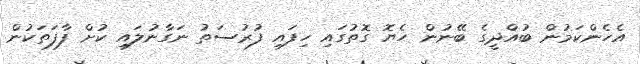
އެހެންކަމުން ބުއްދީގެ ބޭނުން ހެޔޮ ގޮތުގައި ހިފައި ފުރުސަތު ނަގާނުލައި ކުށް ފާފަތަކުން